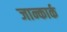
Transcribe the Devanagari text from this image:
जान्कार्क